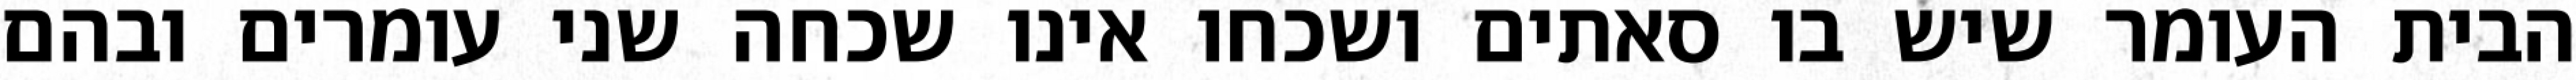
הבית העומר שיש בו סאתים ושכחו אינו שכחה שני עומרים ובהם